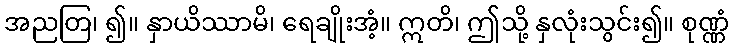
အညတြ၊ ၍။ နှာယိဿာမိ၊ ရေချိုးအံ့။ ဣတိ၊ ဤသို့ နှလုံးသွင်း၍။ စုဏ္ဏံ